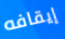
إيقافه